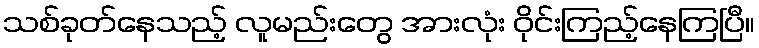
သစ်ခုတ်နေသည့် လူမည်းတွေ အားလုံး ဝိုင်းကြည့်နေကြပြီ။